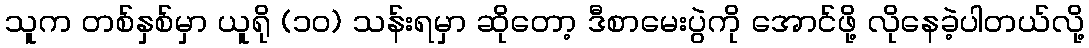
သူက တစ်နှစ်မှာ ယူရို (၁၀) သန်းရမှာ ဆိုတော့ ဒီစာမေးပွဲကို အောင်ဖို့ လိုနေခဲ့ပါတယ်လို့